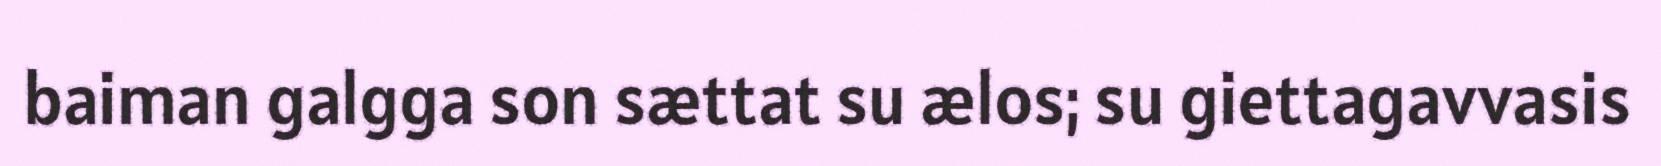
baiman galgga son sættat su ælos; su giettagavvasis